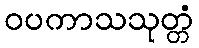
ဝပကာသသုတ္တံ